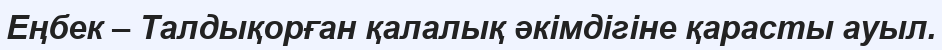
Еңбек – Талдықорған қалалық әкімдігіне қарасты ауыл.